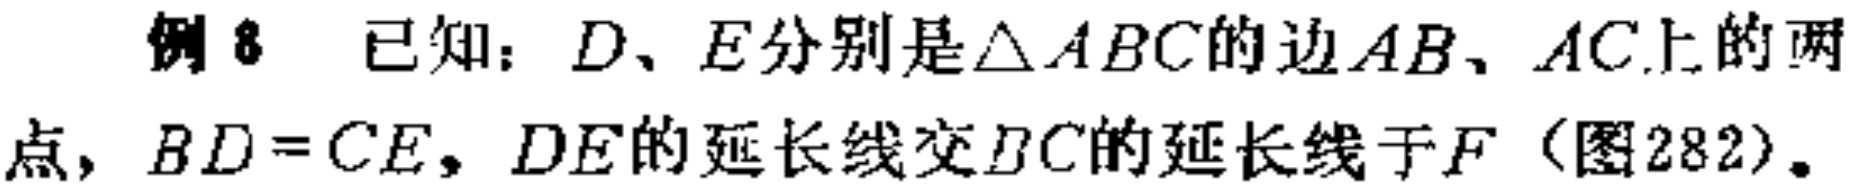
例8 已知：$D、E$分别是$\triangle ABC$的边$AB、AC$上的两点，$BD = CE$，$DE$的延长线交$BC$的延长线于$F$（图282）。